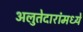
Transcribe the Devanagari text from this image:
अलुतेदारांमध्ये